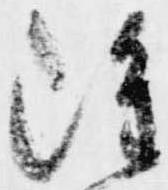
雖